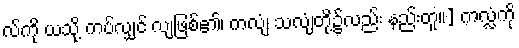
လ်ကို ယသို့ ကပ်လျှင် လျဖြစ်၏၊ ကလျံ သလျံတို့၌လည်း နည်းတူ။] ကလ္လံကို